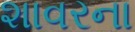
શાવરના